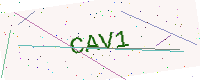
Text: CAV1